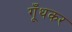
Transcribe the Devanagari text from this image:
गूँथकर